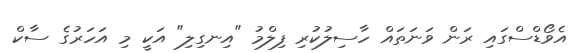
އެވޯޑްސްގައި ރަން ވަނަތައް ހާސިލުކުރި ފިލްމު "އިނގިލި" އަކީ މި އަހަރުގެ ސާކް